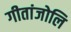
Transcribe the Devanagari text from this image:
गीतांजोलि